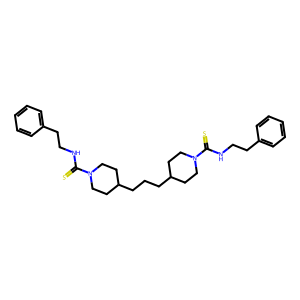
SMILES: S=C(NCCc1ccccc1)N1CCC(CCCC2CCN(C(=S)NCCc3ccccc3)CC2)CC1
Inhibits HIV replication: No